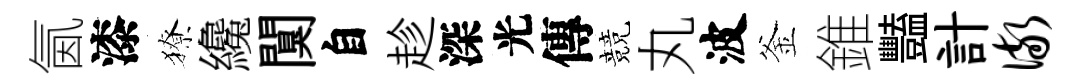
氤漆獠纔闃自趁深光傳競丸波釜錐豔計儆